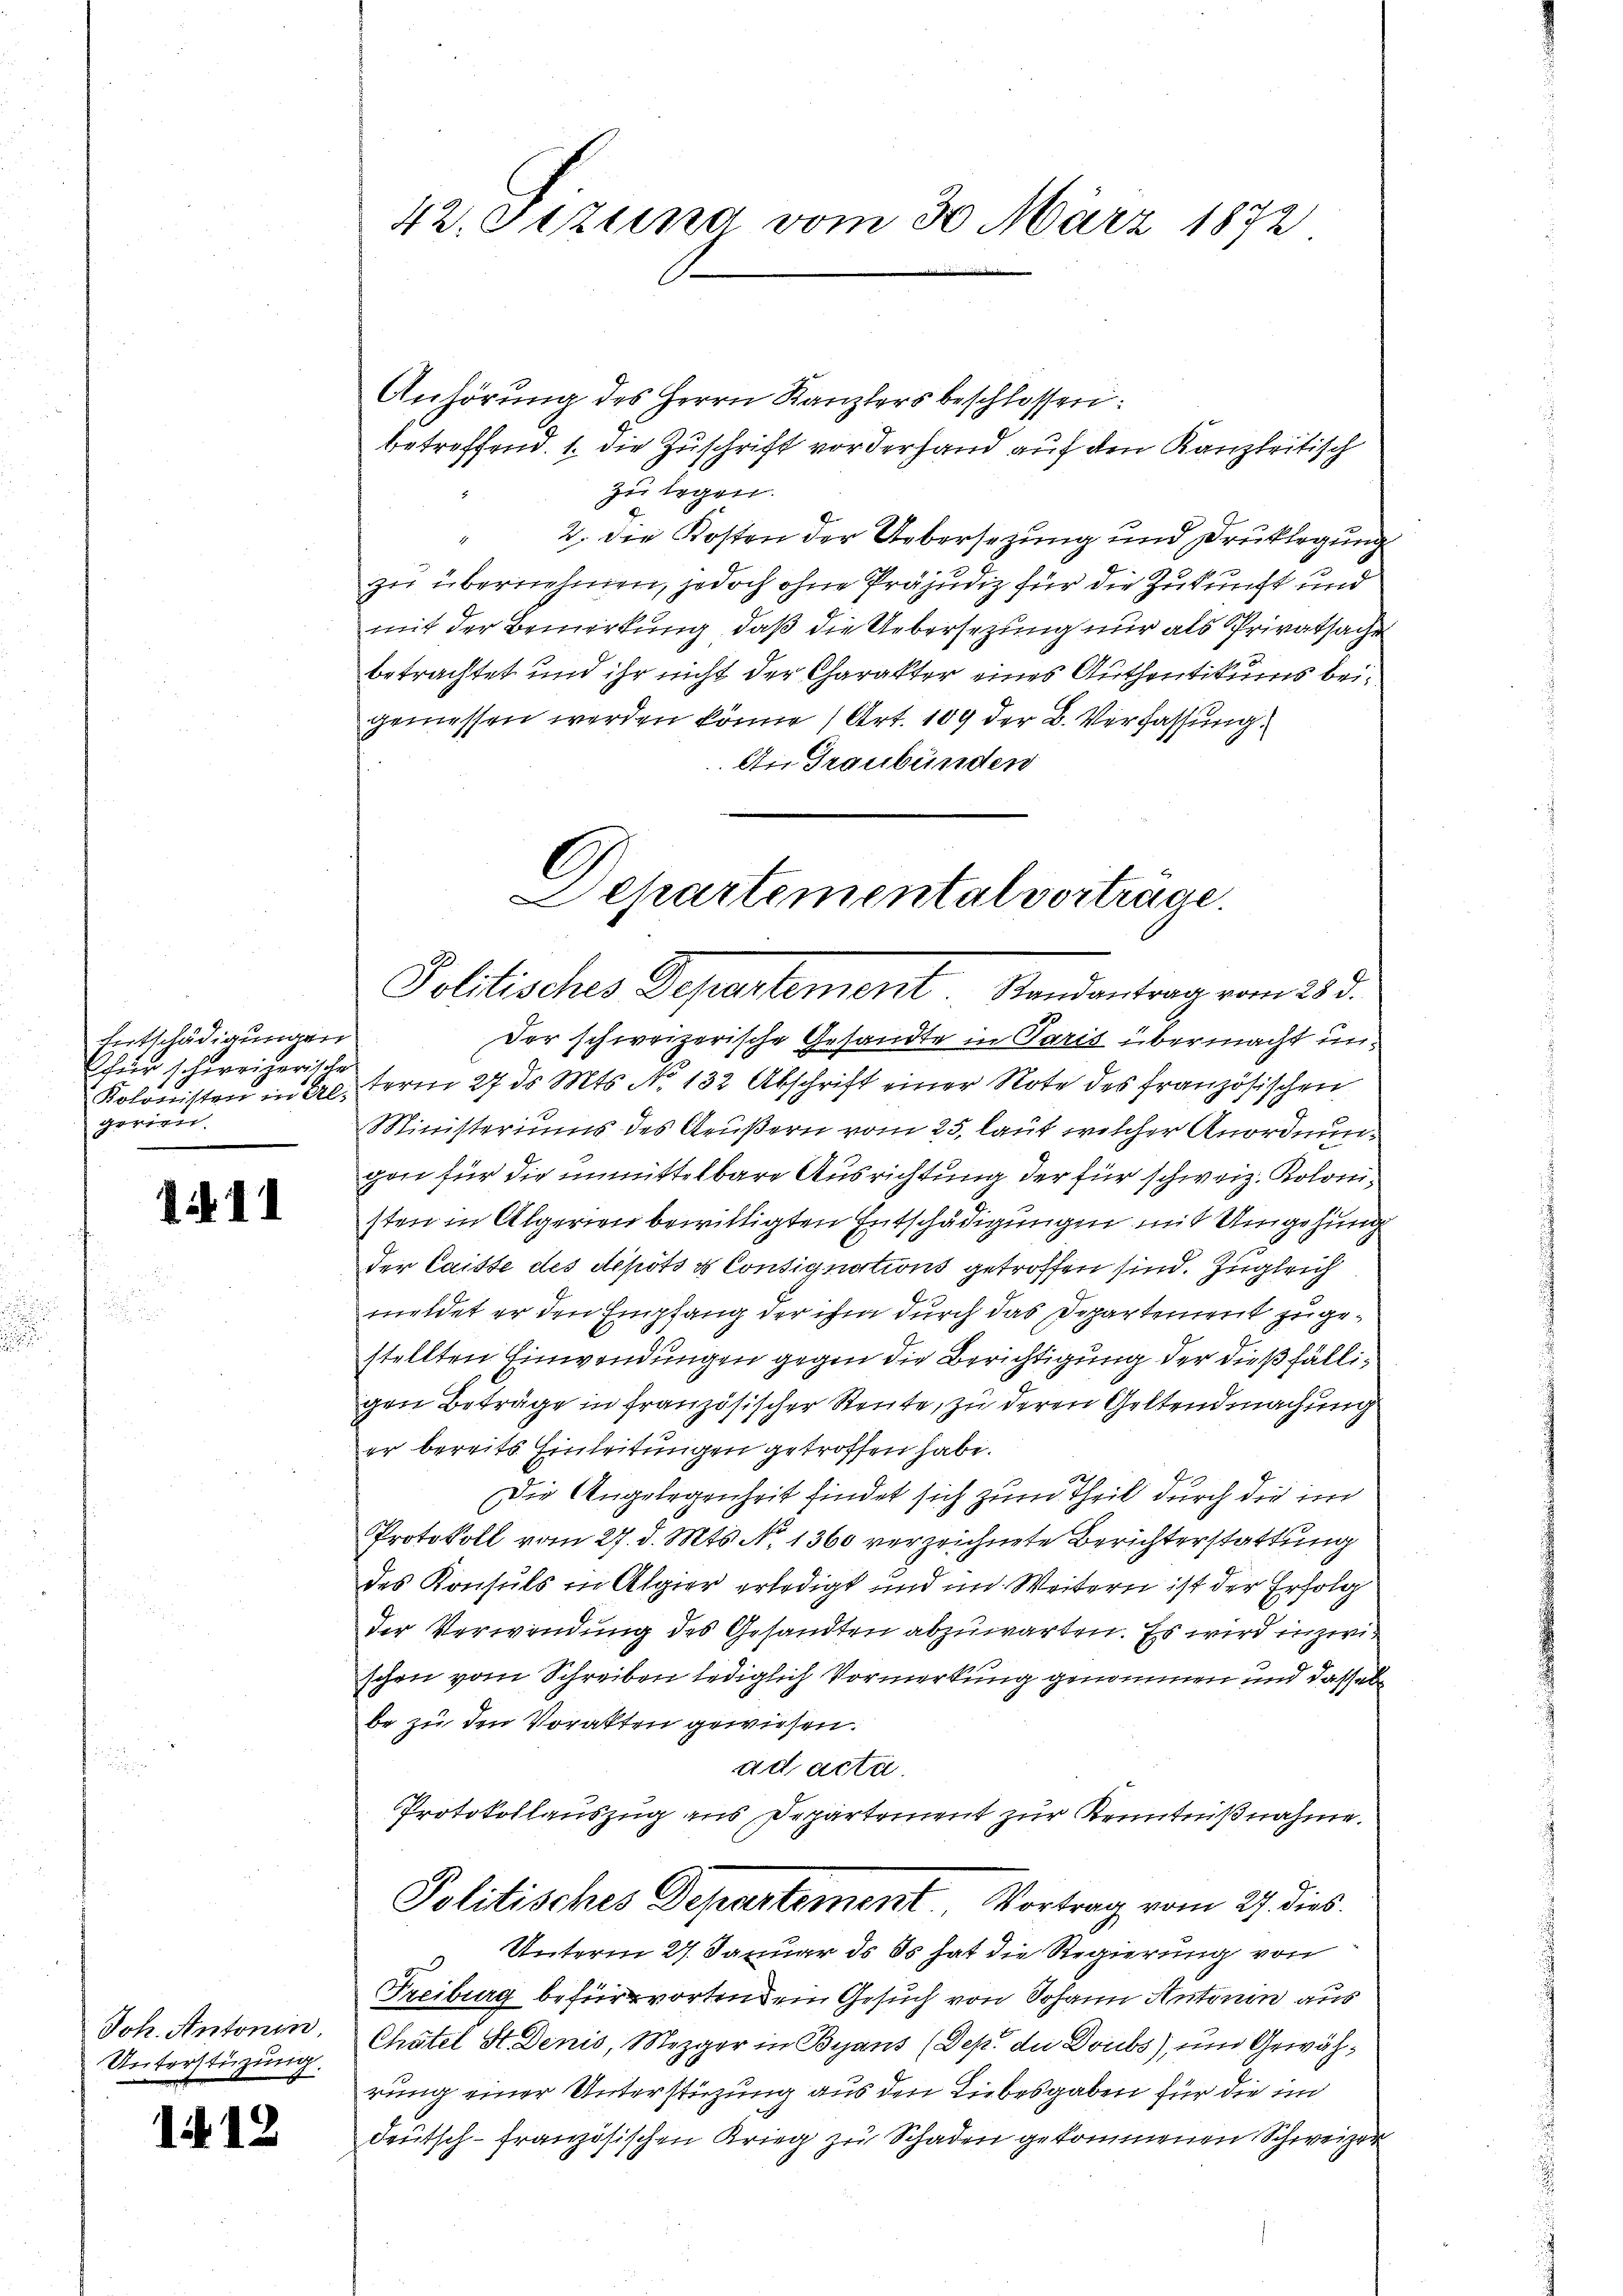
Entschädigungen
für schweizerische
gerien.

1 11

Joh. Antonin,
Unterstüzung.

112

Anhörung des Herrn Kanzlers beschlossen:
betreffend. 1. die Zuschrift vorderhand auf den Kanzleitisch
zu legen.
2. die Kosten der Uebersezung und Druklegung
r
zu übernehmen, jedoch ohne Präjudiz für die Zukunft und
mit der Bemerkung, daß die Uebersetzung nur als Privatsache
betrachtet und ihr nicht der Charakter eines Authentikums beigemessen werden könne (Art. 109 der B. Verfassung
An Graubünden

42. Setzung vom 30. März 1872

Der schweizerische Gesandte in Paris übermacht un¬
Kolonisten in Er term 27. ds. Mts. No 132 Abschrift einer Note des französischen
Ministeriums des Grußern vom 25. laut welcher Anordnung
gen für die unmittelbare Ausrichtung der für schweiz. Kolonisten in Algerien bewittigten Entschädigungen mit Umgehung
der Caisse des depots & Consignations getroffen sind. Zugleich
meldet er den Empfang der ihm durch das Departement zu gestellten Einwendungen gegen die Berichtigung der dießfälligen Beträge in französischer Reute, zu deren Geltendmachung
er bereits Einleitungen getroffen habe.
1
Die Angelegenheit findet sich zum Theil durch die im
Protokoll vom 27. d. Mts. No 1360 verzeichnete Berichterstattung
des Konsuls in Algier erledigt und im Weitern ist der Erfolg
der Verwendung des Gesandten abzuwarten. Es wird in zwischen vom Schreiben lediglich Vormerkung genommen und dasselbe zu den Vorakten gewiesen.
ad acta.
Protokollauszug aus Departement zur Kenntnißnahme.
Politisches Departement, Vortrag vom 27. dies
Unterm 27. Januar ds ds hat die Regierung von
Freiburg befürworten dem Gesuch von Johann Antonin aus
Chötel St. Denis, Mezger in Beans (Dep. de Doubs), und Gewährung einer Unterstüzung aus den Liebesgaben für die in
deutsch-französischen Krieg zu Schaden gekommenen Schweizer

Departemental vortrage.
Politisches Departement. Randantrag vom 225.